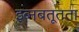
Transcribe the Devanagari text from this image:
इब्नबतूतता